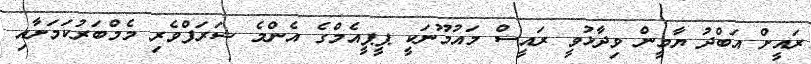
ރައީށް އަބްދު ޔާމީން ވިދާޅުވީ ރައީސް މައުމޫނަކީ ޕީޕީއެމްގެ އެންމެ ޝަރަފްވެރި މެމްބަރުކަމަށާއި